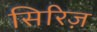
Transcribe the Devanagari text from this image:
सिरिज़